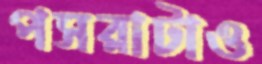
পসরাটাও